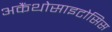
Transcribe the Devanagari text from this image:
अकैंथोसाइटोसिस